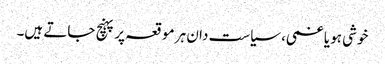
خوشی ہو یا غمی، سیاست دان ہر موقعہ پر پہنچ جاتے ہیں۔